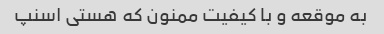
به موقعه و با کیفیت ممنون که هستی اسنپ